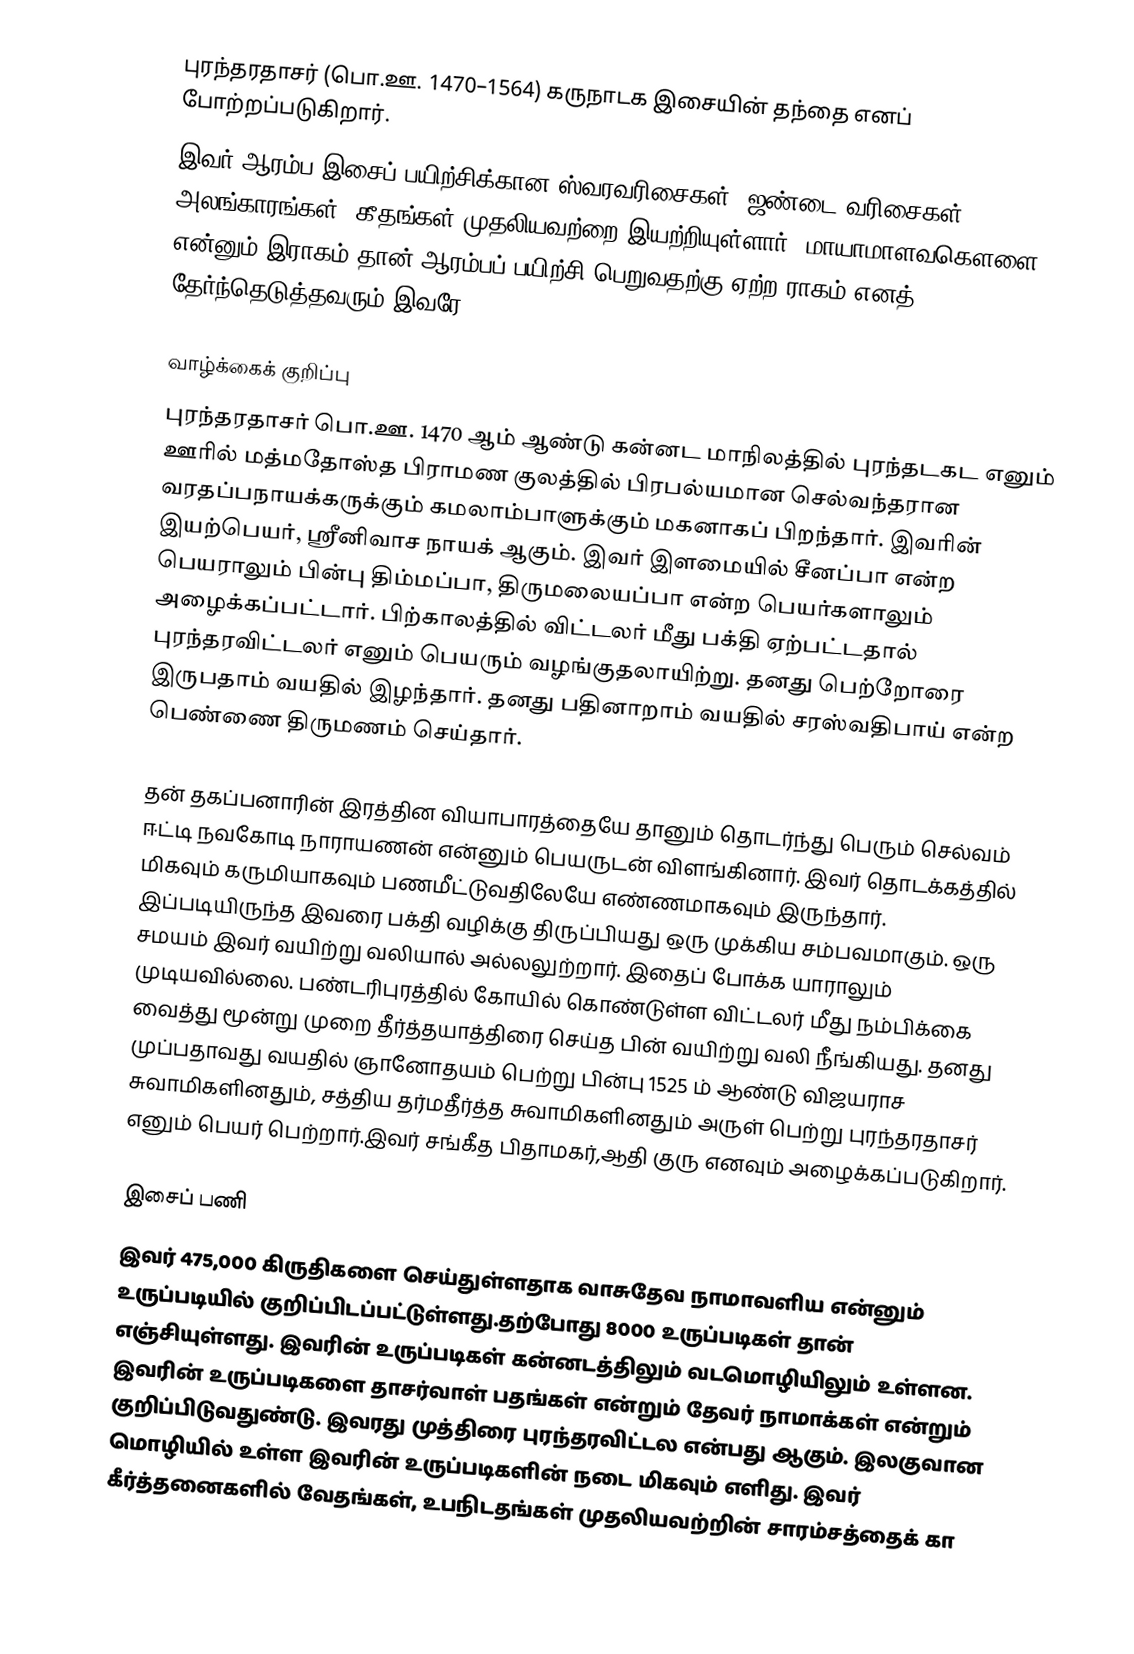
புரந்தரதாசர் (பொ.ஊ. 1470–1564) கருநாடக இசையின் தந்தை எனப் போற்றப்படுகிறார்.
இவர் ஆரம்ப இசைப் பயிற்சிக்கான ஸ்வரவரிசைகள், ஜண்டை வரிசைகள், அலங்காரங்கள், கீதங்கள் முதலியவற்றை இயற்றியுள்ளார். மாயாமாளவகௌளை என்னும் இராகம் தான் ஆரம்பப் பயிற்சி பெறுவதற்கு ஏற்ற ராகம் எனத் தேர்ந்தெடுத்தவரும் இவரே.

வாழ்க்கைக் குறிப்பு
புரந்தரதாசர் பொ.ஊ. 1470 ஆம் ஆண்டு கன்னட மாநிலத்தில் புரந்தடகட எனும் ஊரில் மத்மதோஸ்த பிராமண குலத்தில்  பிரபல்யமான செல்வந்தரான வரதப்பநாயக்கருக்கும் கமலாம்பாளுக்கும் மகனாகப் பிறந்தார். இவரின் இயற்பெயர், ஸ்ரீனிவாச நாயக் ஆகும். இவர் இளமையில் சீனப்பா என்ற பெயராலும் பின்பு திம்மப்பா, திருமலையப்பா என்ற பெயர்களாலும் அழைக்கப்பட்டார். பிற்காலத்தில் விட்டலர் மீது பக்தி ஏற்பட்டதால் புரந்தரவிட்டலர் எனும் பெயரும் வழங்குதலாயிற்று. தனது பெற்றோரை இருபதாம் வயதில் இழந்தார். தனது பதினாறாம் வயதில் சரஸ்வதிபாய் என்ற பெண்ணை திருமணம் செய்தார்.

தன் தகப்பனாரின் இரத்தின வியாபாரத்தையே தானும் தொடர்ந்து பெரும் செல்வம் ஈட்டி நவகோடி நாராயணன் என்னும் பெயருடன் விளங்கினார். இவர் தொடக்கத்தில் மிகவும் கருமியாகவும் பணமீட்டுவதிலேயே எண்ணமாகவும் இருந்தார். இப்படியிருந்த இவரை பக்தி வழிக்கு திருப்பியது ஒரு முக்கிய சம்பவமாகும். ஒரு சமயம் இவர் வயிற்று வலியால் அல்லலுற்றார். இதைப் போக்க யாராலும் முடியவில்லை. பண்டரிபுரத்தில் கோயில் கொண்டுள்ள விட்டலர் மீது நம்பிக்கை வைத்து மூன்று முறை தீர்த்தயாத்திரை செய்த பின் வயிற்று வலி நீங்கியது. தனது முப்பதாவது வயதில் ஞானோதயம் பெற்று பின்பு 1525 ம் ஆண்டு விஜயராச சுவாமிகளினதும், சத்திய தர்மதீர்த்த சுவாமிகளினதும் அருள் பெற்று புரந்தரதாசர் எனும் பெயர் பெற்றார்.இவர் சங்கீத பிதாமகர்,ஆதி குரு எனவும் அழைக்கப்படுகிறார்.

இசைப் பணி
இவர் 475,000 கிருதிகளை செய்துள்ளதாக வாசுதேவ நாமாவளிய என்னும் உருப்படியில் குறிப்பிடப்பட்டுள்ளது.தற்போது 8000 உருப்படிகள் தான் எஞ்சியுள்ளது. இவரின் உருப்படிகள் கன்னடத்திலும் வடமொழியிலும் உள்ளன. இவரின் உருப்படிகளை தாசர்வாள் பதங்கள் என்றும் தேவர் நாமாக்கள் என்றும் குறிப்பிடுவதுண்டு. இவரது முத்திரை புரந்தரவிட்டல என்பது ஆகும். இலகுவான மொழியில் உள்ள இவரின் உருப்படிகளின் நடை மிகவும் எளிது. இவர் கீர்த்தனைகளில் வேதங்கள், உபநிடதங்கள் முதலியவற்றின் சாரம்சத்தைக் கா